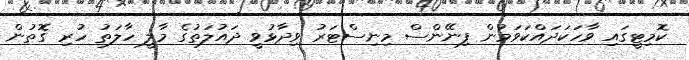
ކޮމިޓީގައި ވާހަކަދައްކަވަމުން ފިނޭންސް މިނިސްޓަރު ވިދާޅުވީ ދައުލަތުގެ މާލީ ހާލަތު ހުރި ގޮތުން